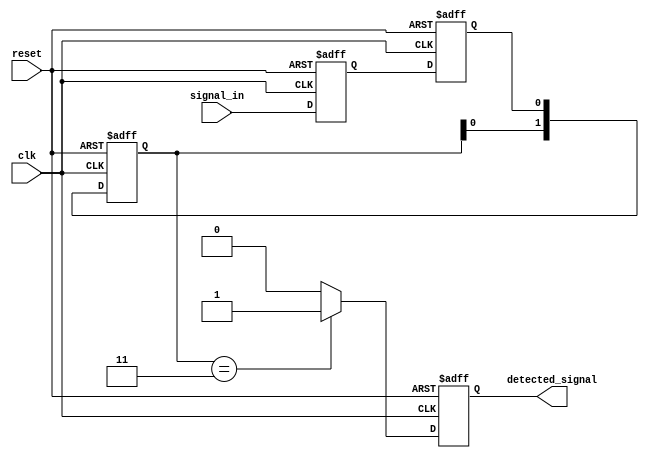
module DualFF_Detector (
    input wire clk,             // Clock input
    input wire reset,           // Reset input
    input wire signal_in,       // Input signal to be detected
    output reg detected_signal   // Output signal indicating pattern detection
);

    // Parameters for pattern detection
    parameter PATTERN = 2'b11; // Example pattern to detect
    reg [1:0] pattern_memory;    // Memory to hold detected patterns
    reg ff1, ff2;                // Two flip-flops

    // Dual flip-flop synchronization
    always @(posedge clk or posedge reset) begin
        if (reset) begin
            ff1 <= 1'b0;
            ff2 <= 1'b0;
        end else begin
            ff1 <= signal_in;   // FF1 samples the input signal
            ff2 <= ff1;         // FF2 samples the output of FF1
        end
    end

    // Pattern detection logic
    always @(posedge clk or posedge reset) begin
        if (reset) begin
            detected_signal <= 1'b0;
            pattern_memory <= 2'b00; // Clear memory on reset
        end else begin
            // Shift in the new FF2 output into pattern memory
            pattern_memory <= {pattern_memory[0], ff2};
            
            // Check if the detected pattern matches the predefined PATTERN
            if (pattern_memory == PATTERN) begin
                detected_signal <= 1'b1; // Pattern detected
            end else begin
                detected_signal <= 1'b0; // No pattern matched
            end
        end
    end

endmodule